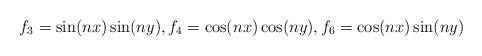
LaTeX: \begin{align*}f_3 = \sin (nx) \sin (ny), f_4 = \cos (nx) \cos (ny), f_6 = \cos (nx) \sin (ny) \end{align*}